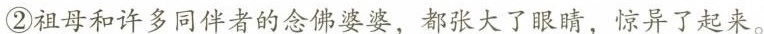
②祖母和许多同伴者的念珠婆婆，都张大了眼睛，惊异了起来。